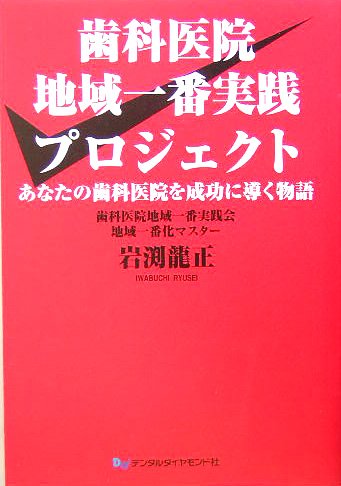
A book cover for Story a successful dental clinic - your dentist's office area best practice project (2005) ISBN: 4885109531 [Japanese Import]; Medical Books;